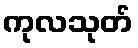
ကုလသုတ်